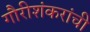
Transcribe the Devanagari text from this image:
गौरीशंकरांची